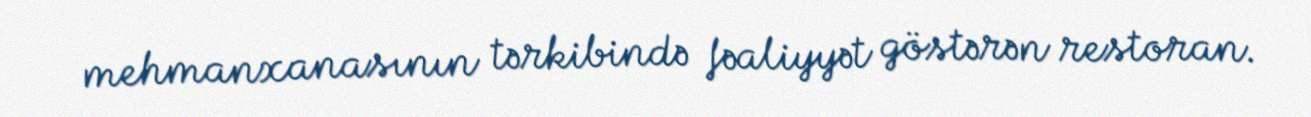
mehmanxanasının tərkibində fəaliyyət göstərən restoran.